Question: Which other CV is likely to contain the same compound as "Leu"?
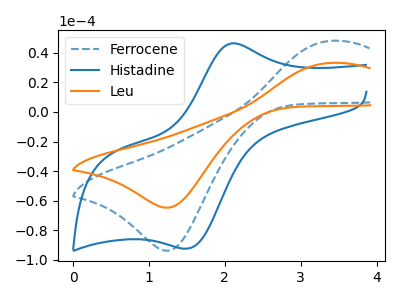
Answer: <think>The blue dashed curve "Ferrocene" has an anodic peak at (3.40V, 48.05uA) and a cathodic peak at (1.25V, -93.90uA). The blue curve "Histadine" has an anodic peak at (2.10V, 46.45uA) and a cathodic peak at (1.50V, -92.40uA). The orange curve "Leu" has an anodic peak at (3.40V, 33.15uA) and a cathodic peak at (1.25V, -64.75uA).
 "Ferrocene" and "Histadine" have at least one peak that do not match. All the peaks in "Ferrocene" have a peak in "Leu" at the same potential. Every peak in "Ferrocene" is higher than every peak in "Leu". "Histadine" and "Leu" have at least one peak that do not match.</think>
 <answer>The CV with the most similar shape to "Ferrocene" is "Leu".</answer>
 <eval>"Leu"</eval>